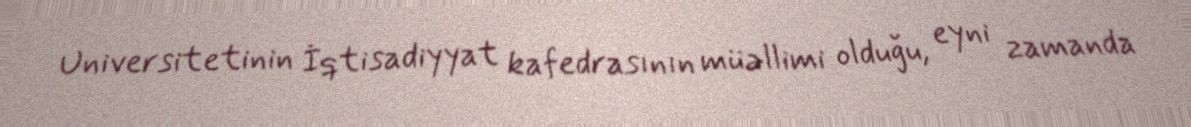
Universitetinin İqtisadiyyat kafedrasının müəllimi olduğu, eyni zamanda